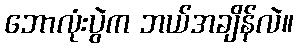
ဘောလုံးပွဲက ဘယ်အချိန်လဲ။